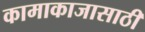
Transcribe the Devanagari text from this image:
कामाकाजासाठी